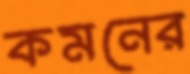
কমনের